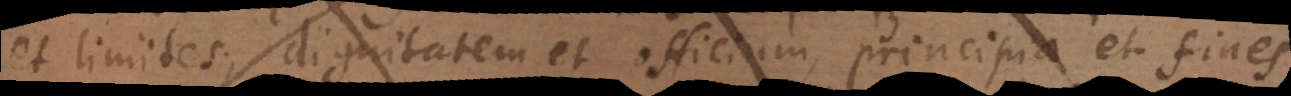
et limites, dignitatem et officium, principia et fines